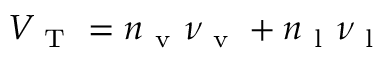
V _ { \mathrm { ~ T ~ } } = n _ { \mathrm { ~ v ~ } } \nu _ { \mathrm { ~ v ~ } } + n _ { \mathrm { ~ l ~ } } \nu _ { \mathrm { ~ l ~ } }